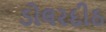
ડોલરદીઠ